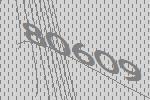
80609